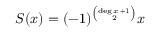
S ( x ) = ( - 1 ) ^ { \binom { { \mathrm { d e g } } \, x \, + 1 } { 2 } } x